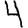
Digit: 4